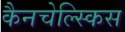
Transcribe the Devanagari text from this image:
कैनचेल्स्किस